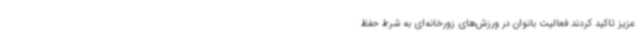
عزیز تاکید کردند فعالیت بانوان در ورزش‌های زورخانه‌ای به شرط حفظ